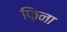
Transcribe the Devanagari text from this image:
फ़िना